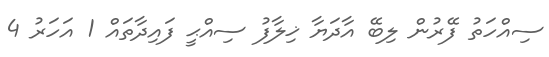
ސިއްހަތު ފޭރުން ލިބޭ އާދަޔާ ޚިލާފު ސިއްޙީ ފައިދާތައް 1 އަހަރު 4